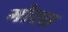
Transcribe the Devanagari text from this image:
गोह्स